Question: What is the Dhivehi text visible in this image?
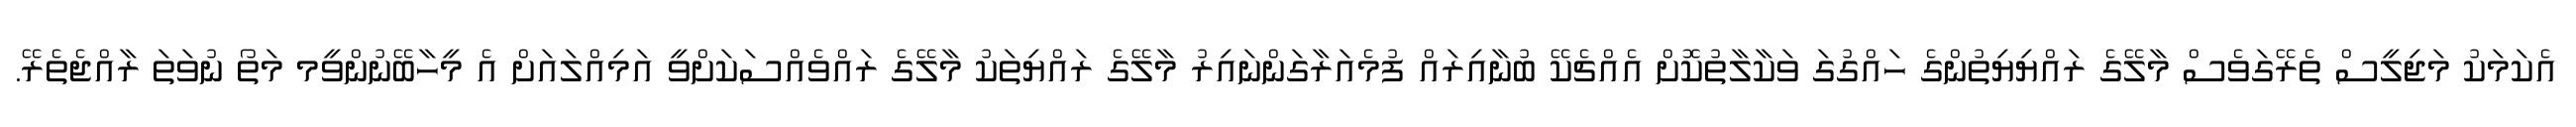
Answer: އެކަމަކު މަޖިލީސް ތެރޭގަވެސް މާލޭގެ ރައްޔިޔިތުންގެ ހައްގުގަ ވަކާލާތުކޮށް އެއްޗެކޭ ބުނާއިރައް ފުމެއަރާގަންނައިރު މާލޭގެ ރައްޔިތަކު މާލޭގެ ރައްވެއްސަކަށްވީ އަމިއްލައަށް އެ މީހާބޭނުންވީމ މަތޯ ނުވަތަ ރާއްޖެތެރޭ.